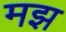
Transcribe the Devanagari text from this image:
मझ